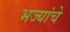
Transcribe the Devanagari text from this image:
भज्यांचे